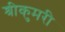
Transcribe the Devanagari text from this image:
श्रीकुमरी